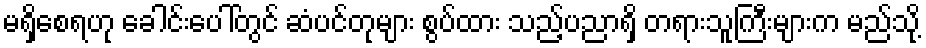
မရှိစေရဟု ခေါင်းပေါ်တွင် ဆံပင်တုများ စွပ်ထား သည့်ပညာရှိ တရားသူကြီးများက မည်သို့